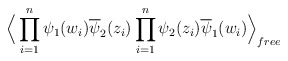
\begin{align*}\Big \langle\prod_{i=1}^n \psi_1(w_i)\overline{\psi}_2(z_i)\prod_{i=1}^n \psi_2(z_i)\overline{\psi}_1(w_i) \Big\rangle_{free}\end{align*}